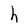
Character: h